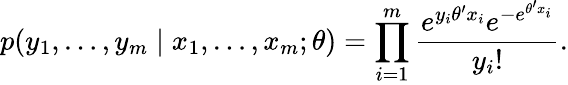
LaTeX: p(y_{1},\ldots,y_{m}\mid x_{1},\ldots,x_{m};\theta)=\prod_{i=1}^{m}{\frac{e^{y_{i}\theta^{\prime}x_{i}}e^{-e^{\theta^{\prime}x_{i}}}}{y_{i}!}}.